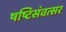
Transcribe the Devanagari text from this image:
षष्टिसंवत्सर